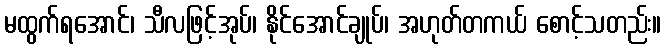
မထွက်ရအောင်၊ သီလဖြင့်အုပ်၊ နိုင်အောင်ချုပ်၊ အဟုတ်တကယ် စောင့်သတည်း။